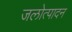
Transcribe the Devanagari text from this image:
जलोत्पादन